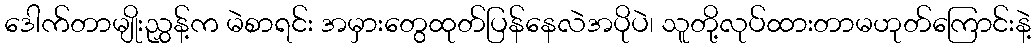
ဒေါက်တာမျိုးညွှန့်က မဲစာရင်း အမှားတွေထုတ်ပြန်နေလဲအပိုပဲ၊ သူတို့လုပ်ထားတာမဟုတ်ကြောင်းနဲ့